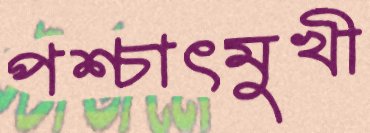
পশ্চাৎমুখী